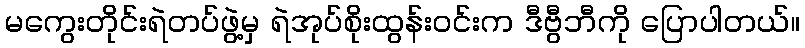
မကွေးတိုင်းရဲတပ်ဖွဲ့မှ ရဲအုပ်စိုးထွန်းဝင်းက ဒီဗွီဘီကို ပြောပါတယ်။